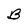
Character: B